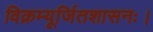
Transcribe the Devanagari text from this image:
विक्रम्यूर्जितशासनः।